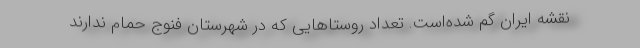
نقشه ایران گم شده‌است. تعداد روستاهایی که در شهرستان فنوج حمام ندارند